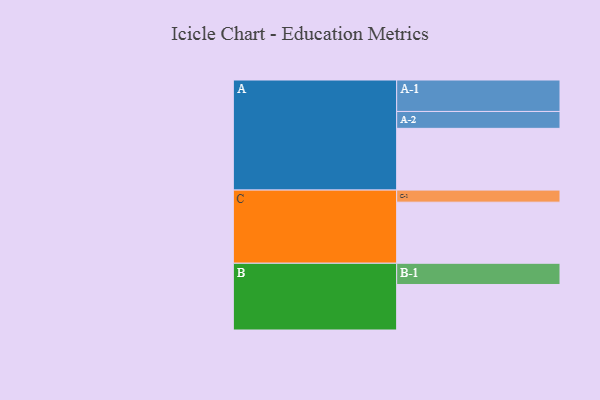
{"axis": {"x": "Segment", "y": "Value"}, "legend": ["", "A", "B", "C"], "data": [{"x": "A", "y": 567, "type": ""}, {"x": "B", "y": 418, "type": ""}, {"x": "C", "y": 561, "type": ""}, {"x": "A-1", "y": 289, "type": "A"}, {"x": "A-2", "y": 155, "type": "A"}, {"x": "B-1", "y": 195, "type": "B"}, {"x": "C-1", "y": 111, "type": "C"}]}